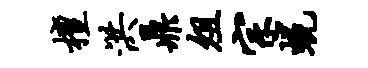
檀洪鼎俎宗蜕